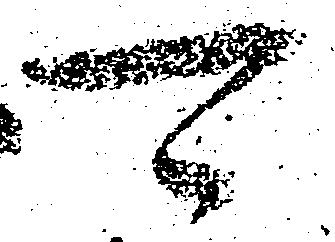
可